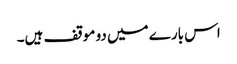
اس بارے میں دو موقف ہیں۔